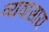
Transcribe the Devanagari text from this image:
व्यवासाय